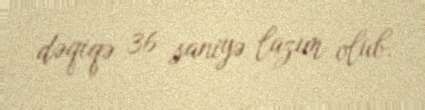
dəqiqə 36 saniyə lazım olub.